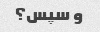
و سپس؟